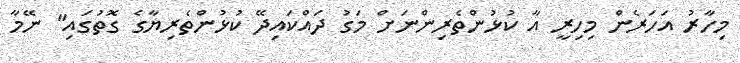
މިހާރު އަހަރެން މިހިރީ އާ ކުޅުންތެރިންނަށް މަގު ދައްކައިދޭ ކުޅުންތެރިޔާގެ ގޮތުގައި" ނޭމާ